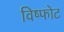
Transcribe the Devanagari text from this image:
विष्फोट